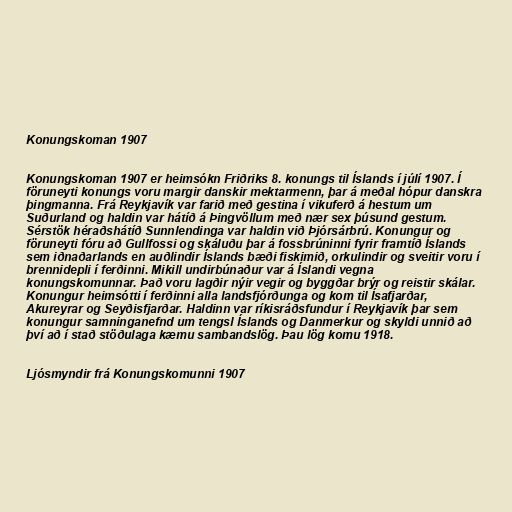
Konungskoman 1907

Konungskoman 1907 er heimsókn Friðriks 8. konungs til Íslands í júlí 1907. Í
föruneyti konungs voru margir danskir mektarmenn, þar á meðal hópur danskra
þingmanna. Frá Reykjavík var farið með gestina í vikuferð á hestum um
Suðurland og haldin var hátíð á Þingvöllum með nær sex þúsund gestum.
Sérstök héraðshátíð Sunnlendinga var haldin við Þjórsárbrú. Konungur og
föruneyti fóru að Gullfossi og skáluðu þar á fossbrúninni fyrir framtíð Íslands
sem iðnaðarlands en auðlindir Íslands bæði fiskimið, orkulindir og sveitir voru í
brennidepli í ferðinni. Mikill undirbúnaður var á Íslandi vegna
konungskomunnar. Það voru lagðir nýir vegir og byggðar brýr og reistir skálar.
Konungur heimsótti í ferðinni alla landsfjórðunga og kom til Ísafjarðar,
Akureyrar og Seyðisfjarðar. Haldinn var ríkisráðsfundur í Reykjavík þar sem
konungur samninganefnd um tengsl Íslands og Danmerkur og skyldi unnið að
því að í stað stöðulaga kæmu sambandslög. Þau lög komu 1918.

Ljósmyndir frá Konungskomunni 1907